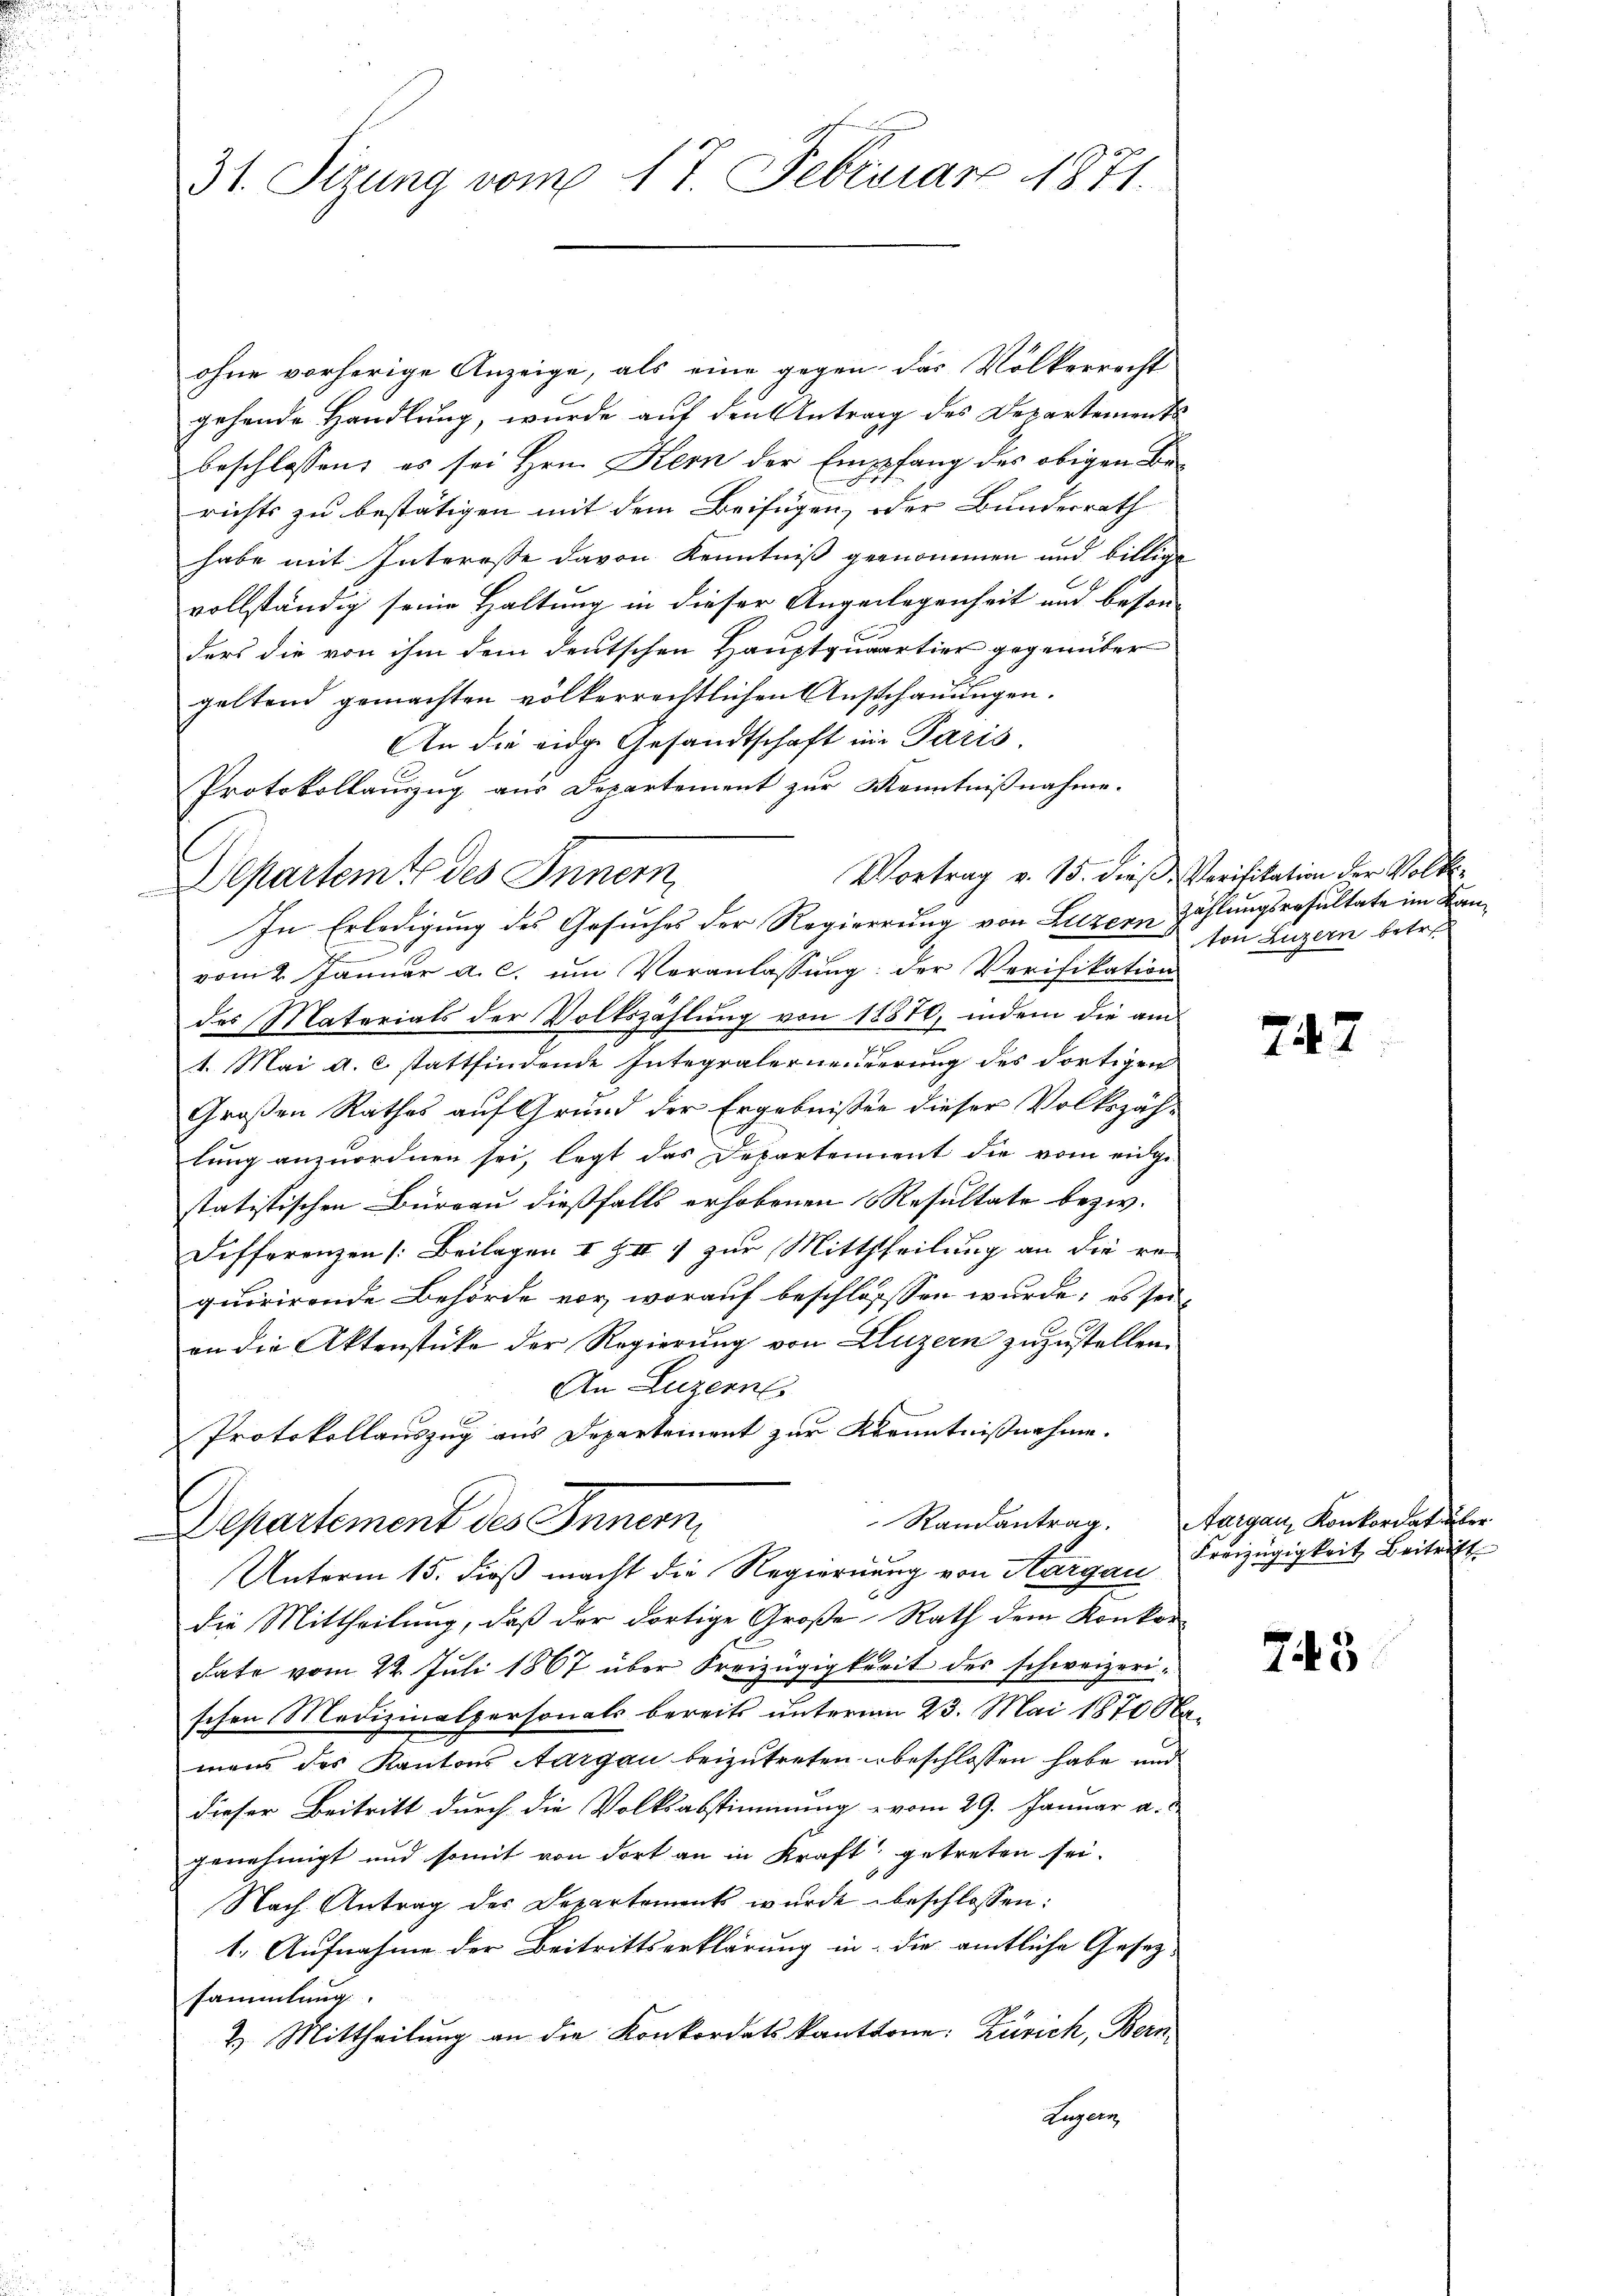
31. Sizung vom 17. Februar 1871.

ohne vorherige Anzeige, als eine gegen das Völkerrecht
gehende Handlung, wurde auf den Antrag des Departements
beschlossen, es sei Hrn. Kern der Empfang des obigen Berichts zu bestätigen mit dem Beifügen, oder Bundesrath
habe mit Interesse davon Kenntniß genommen und billige
vollständig seine Haltung in dieser Angelegenheit und beson-
ders die von ihm dem deutschen Hauptquartier gegenüber
geltend gemachten völkerrechtlichen Ausschauungen.
An die eidge Gesandtschaft in Paris
Vortrag v. 15. dieß Verifikation der Volksvom 2. Januar a. c. um Veranlassung: der Verifikation
des Materials der Volkszählung von 18870, indem die am
1. Mai a. c. stattfindende Integralerneuerung des dortigen
Großen Rathes auf Grund der Ergebnissen dieser Volkszäh-
lung anzuordnen sei, legt das Departement die vom eidge
statistischen Büreau dießfalls erhobenen Resultate bezw.
Differenzen (Beilagen I & II 1 zur Mittheilung an die re-
quirirende Behörde vor, worauf beschlosssen wurde; es sei-
an die Aktenstücke der Regierung von Luzern zuzustellen.
An Luzern
Protokollauszug aus Departement zur Kenntnißnahme.
Ramantrag. Aargau, Konkordat über
Departement des Innern,
Unterm 15. dieß macht die Regierung von Aargau
die Mittheilung, daß der dortige Große Rath dem Konkordato vom 22. Juli 1867 über Freizügigkeit des schweizerischen Medizinalpersonals bereits unterm 23. Mai 1870 Na-
mans des Kantons Aargau beizutreten beschlossen habe und
dieser Beitritt durch die Volksabstimmung vom 29. Januar a.
genehmigt und somit von dort an in Kraft getreten sei.
Nach Antrag des Departement wurde beschlossen:
1. Aufnahme der Beitrittserklärung in die amtliche Gesezsammlung
2) Mittheilung an die Konkordatskanttone: Zürich, Bern,
Luzern

Protokollauszug aus Departement zur Kenntnißnahme.
Departemte des Innern,
In Erledigung des Gesuches der Regierung von Luzern zählungsresultate im Kan¬

ton Luzern betr

742

Freizügigkeit Beitritt

745

e